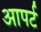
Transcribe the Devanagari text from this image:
आपर्ट